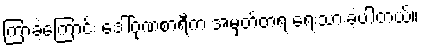
ကြာခဲ့ကြောင်း ဒေါ်ဂုဏစာရီက အမှတ်တရ ရေးသားခဲ့ပါတယ်။